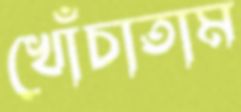
খোঁচাতাম